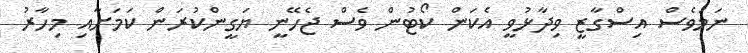
ނަމަވެސް އިސްގާޒީ ވިދާޅުވީ އެކަން ކޯޓުން ވެސް ޖެހޭނީ ޔަގީންކުރަން ކަމަށާއި މިހާރު